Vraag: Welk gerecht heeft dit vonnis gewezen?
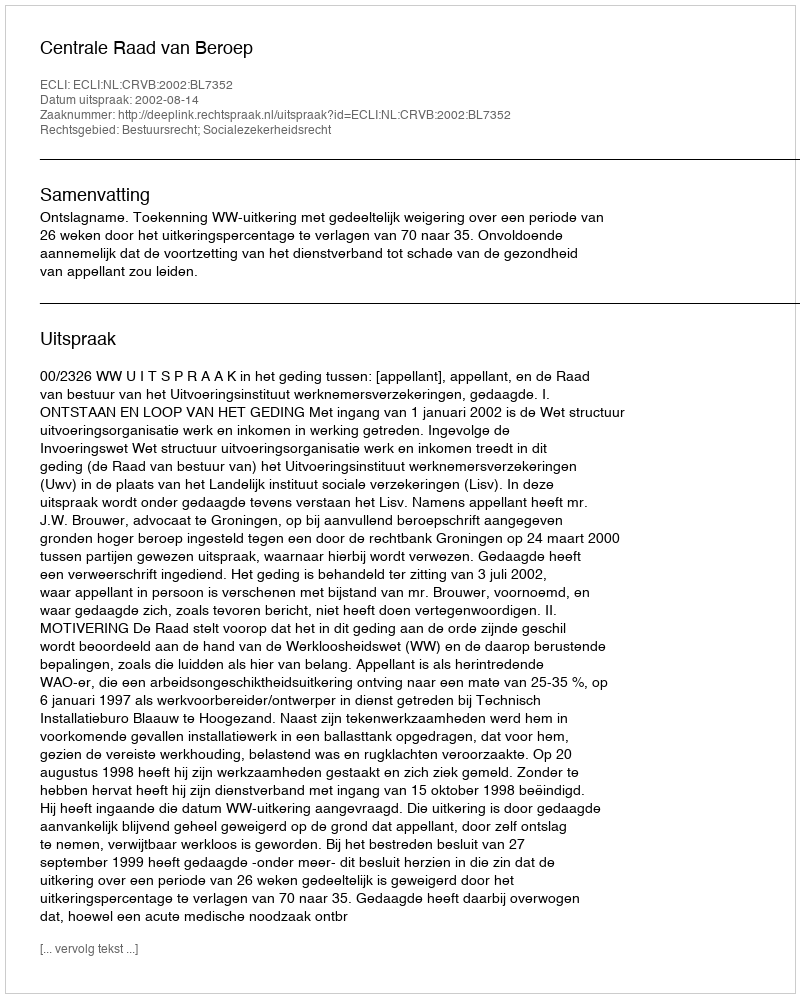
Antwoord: Centrale Raad van Beroep